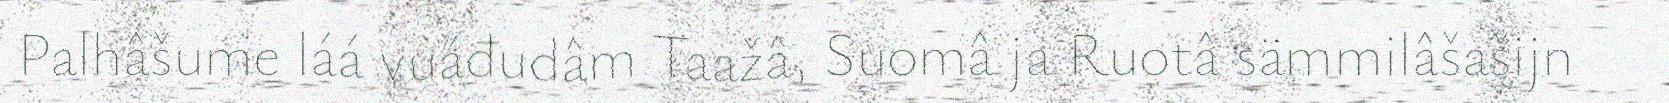
Palhâšume láá vuáđudâm Taažâ, Suomâ ja Ruotâ sämmilâšašijn